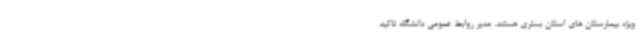
ویژه بیمارستان های استان بستری هستند. مدیر روابط عمومی دانشگاه تاکید